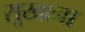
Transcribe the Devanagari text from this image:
सूखाना